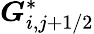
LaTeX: \boldsymbol{G}_{i,j+1/2}^{*}